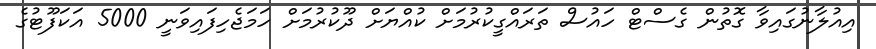
އިއުލާނުގައިވާ ގޮތުން ގެސްޓް ހައުސް ތަރައްގީކުރުމަށް ކުއްޔަށް ދޫކުރުމަށް ހަމަޖެހިފައިވަނީ 5000 އަކަފޫޫޓުގެ